Indian journal of veterinary science and animal husbandry - Volume 8,
Year: 1938
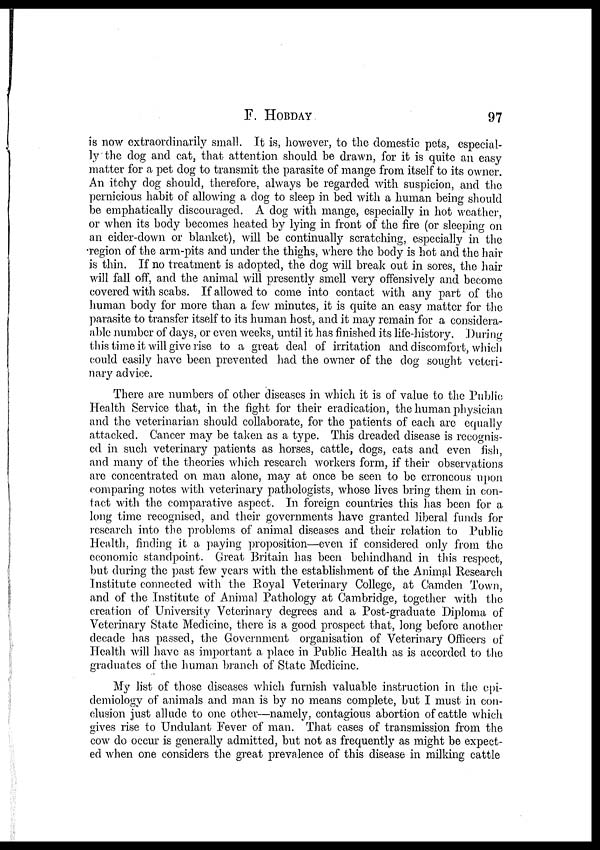
F.
HOBDAY
97
is now extraordinarily small. It is, however, to the domestic pets, especial-
ly the dog and cat, that attention should be drawn, for it is quite an easy
matter for a pet dog to transmit the parasite of mange from itself to its owner.
An itchy dog should, therefore, always be regarded with suspicion, and the
pernicious habit of allowing a dog to sleep in bed with a human being should
be emphatically discouraged. A dog with mange, especially in hot weather,
or when its body becomes heated by lying in front of the fire (or sleeping on
an eider-down or blanket), will be continually scratching, especially in the
region of the arm-pits and under the thighs, where the body is hot and the hair
is thin. If no treatment is adopted, the dog will break out in sores, the hair
will fall off, and the animal will presently smell very offensively and become
covered with scabs. If allowed to come into contact with any part of the
human body for more than a few minutes, it is quite an easy matter for the
parasite to transfer itself to its human host, and it may remain for a considera-
able number of days, or even weeks, until it has finished its life-history. During
this time it will give rise to a great deal of irritation and discomfort, which
could easily have been prevented had the owner of the dog sought veteri-
nary advice.
There are numbers of other diseases in which it is of value to the Public
Health Service that, in the fight for their eradication, the human physician
and the veterinarian should collaborate, for the patients of each are equally
attacked. Cancer may be taken as a type. This dreaded disease is recognis-
ed in such veterinary patients as horses, cattle, dogs, cats and even fish,
and many of the theories which research workers form, if their observations
are concentrated on man alone, may at once be seen to be erroneous upon
comparing notes with veterinary pathologists, whose lives bring them in con-
tact with the comparative aspect. In foreign countries this has been for a
long time recognised, and their governments have granted liberal funds for
research into the problems of animal diseases and their relation to Public
Health, finding it a paying proposition—even if considered only from the
economic standpoint. Great Britain has been behindhand in this respect,
but during the past few years with the establishment of the Animal Research
Institute connected with the Royal Veterinary College, at Camden Town,
and of the Institute of Animal Pathology at Cambridge, together with the
creation of University Veterinary degrees and a Post-graduate Diploma of
Veterinary State Medicine, there is a good prospect that, long before another
decade has passed, the Government organisation of Veterinary Officers of
Health will have as important a, place in Public Health as is accorded to the
graduates of the human branch of State Medicine.
My list of those diseases which furnish valuable instruction in the epi-
demiology of animals and man is by no means complete, but I must in con-
clusion just allude to one other—namely, contagious abortion of cattle which
gives rise to Undulant Fever of man. That cases of transmission from the
cow do occur is generally admitted, but not as frequently as might be expect-
ed when one considers the great prevalence of this disease in milking cattle